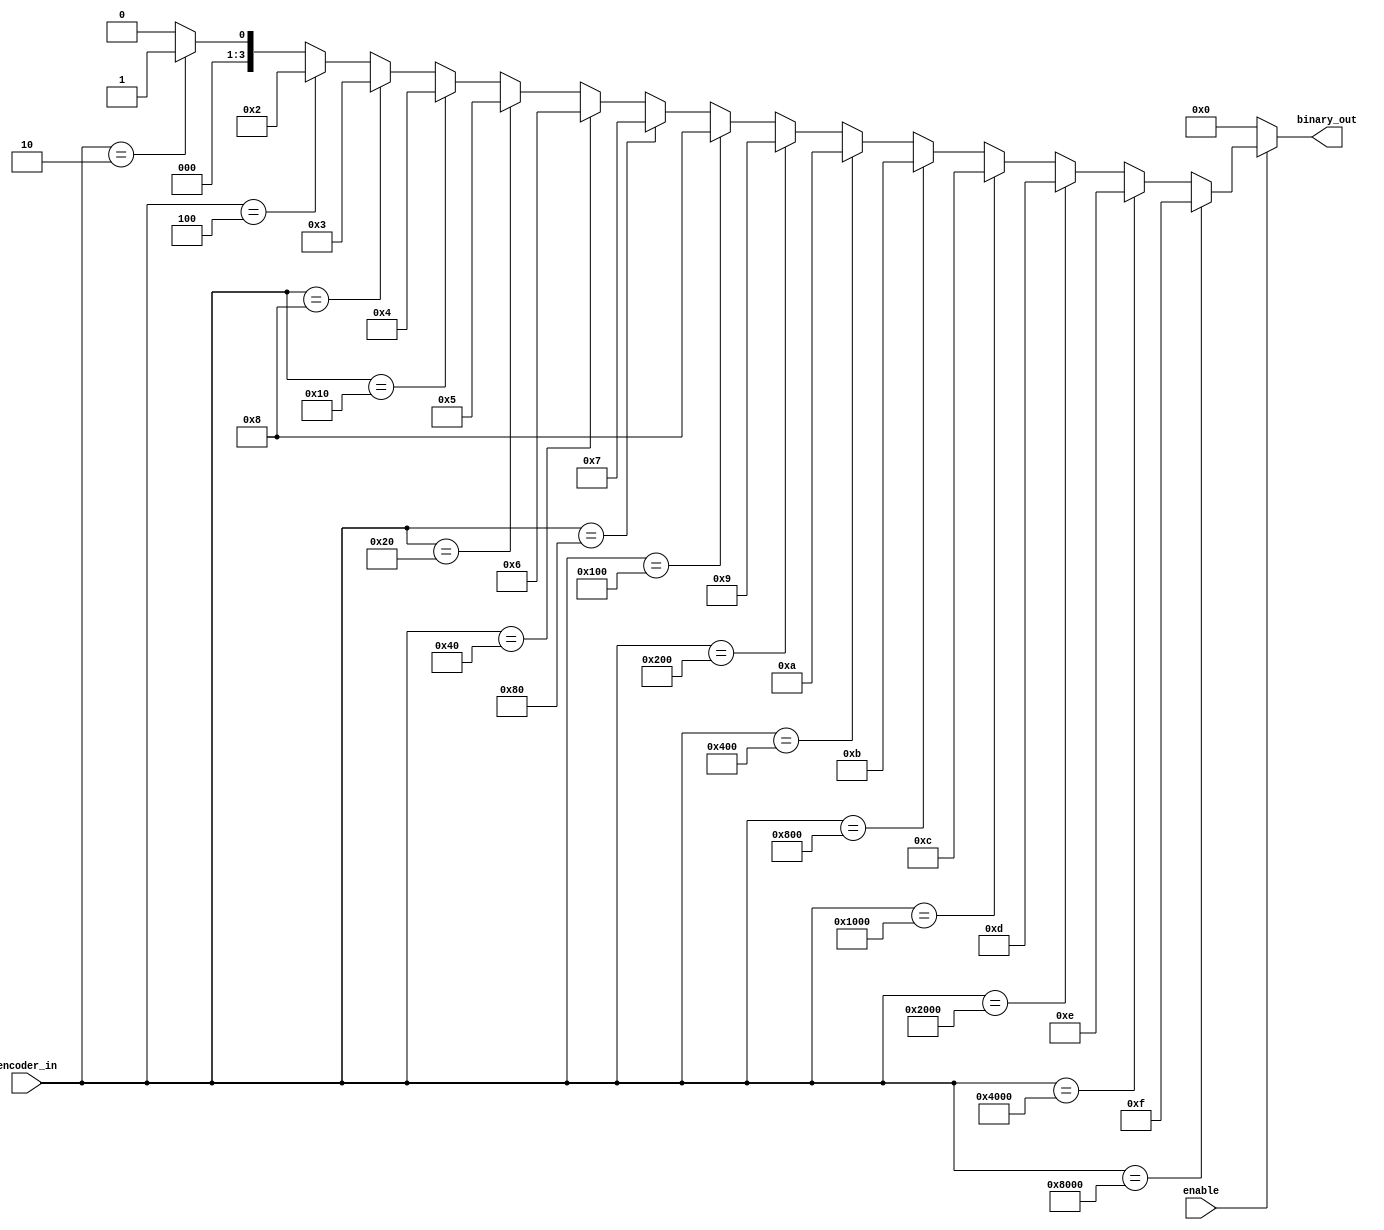
`timescale 1ns / 1ps
//////////////////////////////////////////////////////////////////////////////////
// Company: 
// Engineer: 
// 
// Design Name: 
// Module Name: b2_enc_if
// Project Name: 
// Target Devices: 
// Tool Versions: 
// Description: 
// 
// Dependencies: 
// 
// Revision:
// Revision 0.01 - File Created
// Additional Comments:
// 
//////////////////////////////////////////////////////////////////////////////////


module b2_enc_if(
    input [15:0] encoder_in,
    output reg [3:0] binary_out,
    input enable
    );
    always @ (*)
        begin
            binary_out = 0;
            if (enable) begin
                if (encoder_in == 16'h1) begin
                    binary_out = 0;
                end
                if (encoder_in == 16'h2) begin
                    binary_out = 1;
                end
                if (encoder_in == 16'h4) begin
                    binary_out = 2;
                end
                if (encoder_in == 16'h8) begin
                    binary_out = 3;
                end
                if (encoder_in == 16'h10) begin
                    binary_out = 4;
                end
                if (encoder_in == 16'h20) begin
                    binary_out = 5;
                end
                if (encoder_in == 16'h40) begin
                    binary_out = 6;
                end
                if (encoder_in == 16'h80) begin
                    binary_out = 7;
                end
                if (encoder_in == 16'h100) begin
                    binary_out = 8;
                end
                if (encoder_in == 16'h200) begin
                    binary_out = 9;
                end
                if (encoder_in == 16'h400) begin
                    binary_out = 10;
                end
                if (encoder_in == 16'h800) begin
                    binary_out = 11;
                end
                if (encoder_in == 16'h1000) begin
                    binary_out = 12;
                end
                if (encoder_in == 16'h2000) begin
                    binary_out = 13;
                end
                if (encoder_in == 16'h4000) begin
                    binary_out = 14;
                end
                if (encoder_in == 16'h8000) begin
                    binary_out = 15;
                end 
            end
        end
endmodule